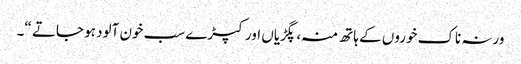
ورنہ ناک خوروں کے ہاتھ منہ ، پگڑیاں اور کپڑے سب خون آلود ہو جاتے “۔